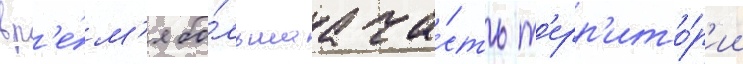
вр'е́м'я бо́льшаа ча́сть т'ерр'ито́р'ии